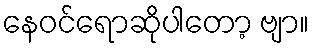
နေဝင်ရောဆိုပါတော့ ဗျာ။